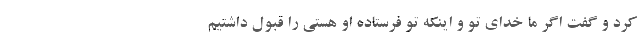
کرد و گفت اگر ما خدای تو و اینکه تو فرستاده او هستی را قبول داشتیم